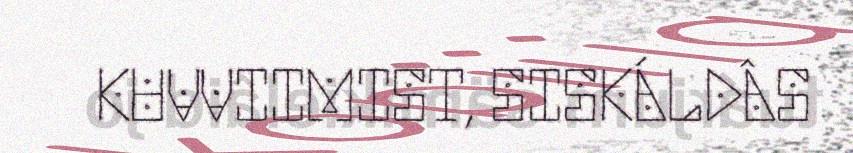
KUVVIIMIST, SISKÁLDÂS